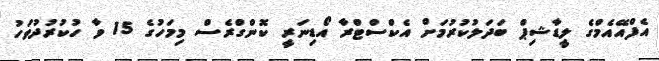
އެފްއޭއެމްގެ ލީޑާޝިޕް ބަދަލުކުރުމަށް އެކްސްޓްރާ އޯޑިނަރީ ކޮންގްރެސް މިމަހުގެ 15 ވާ ހުކުރުދުވަހު